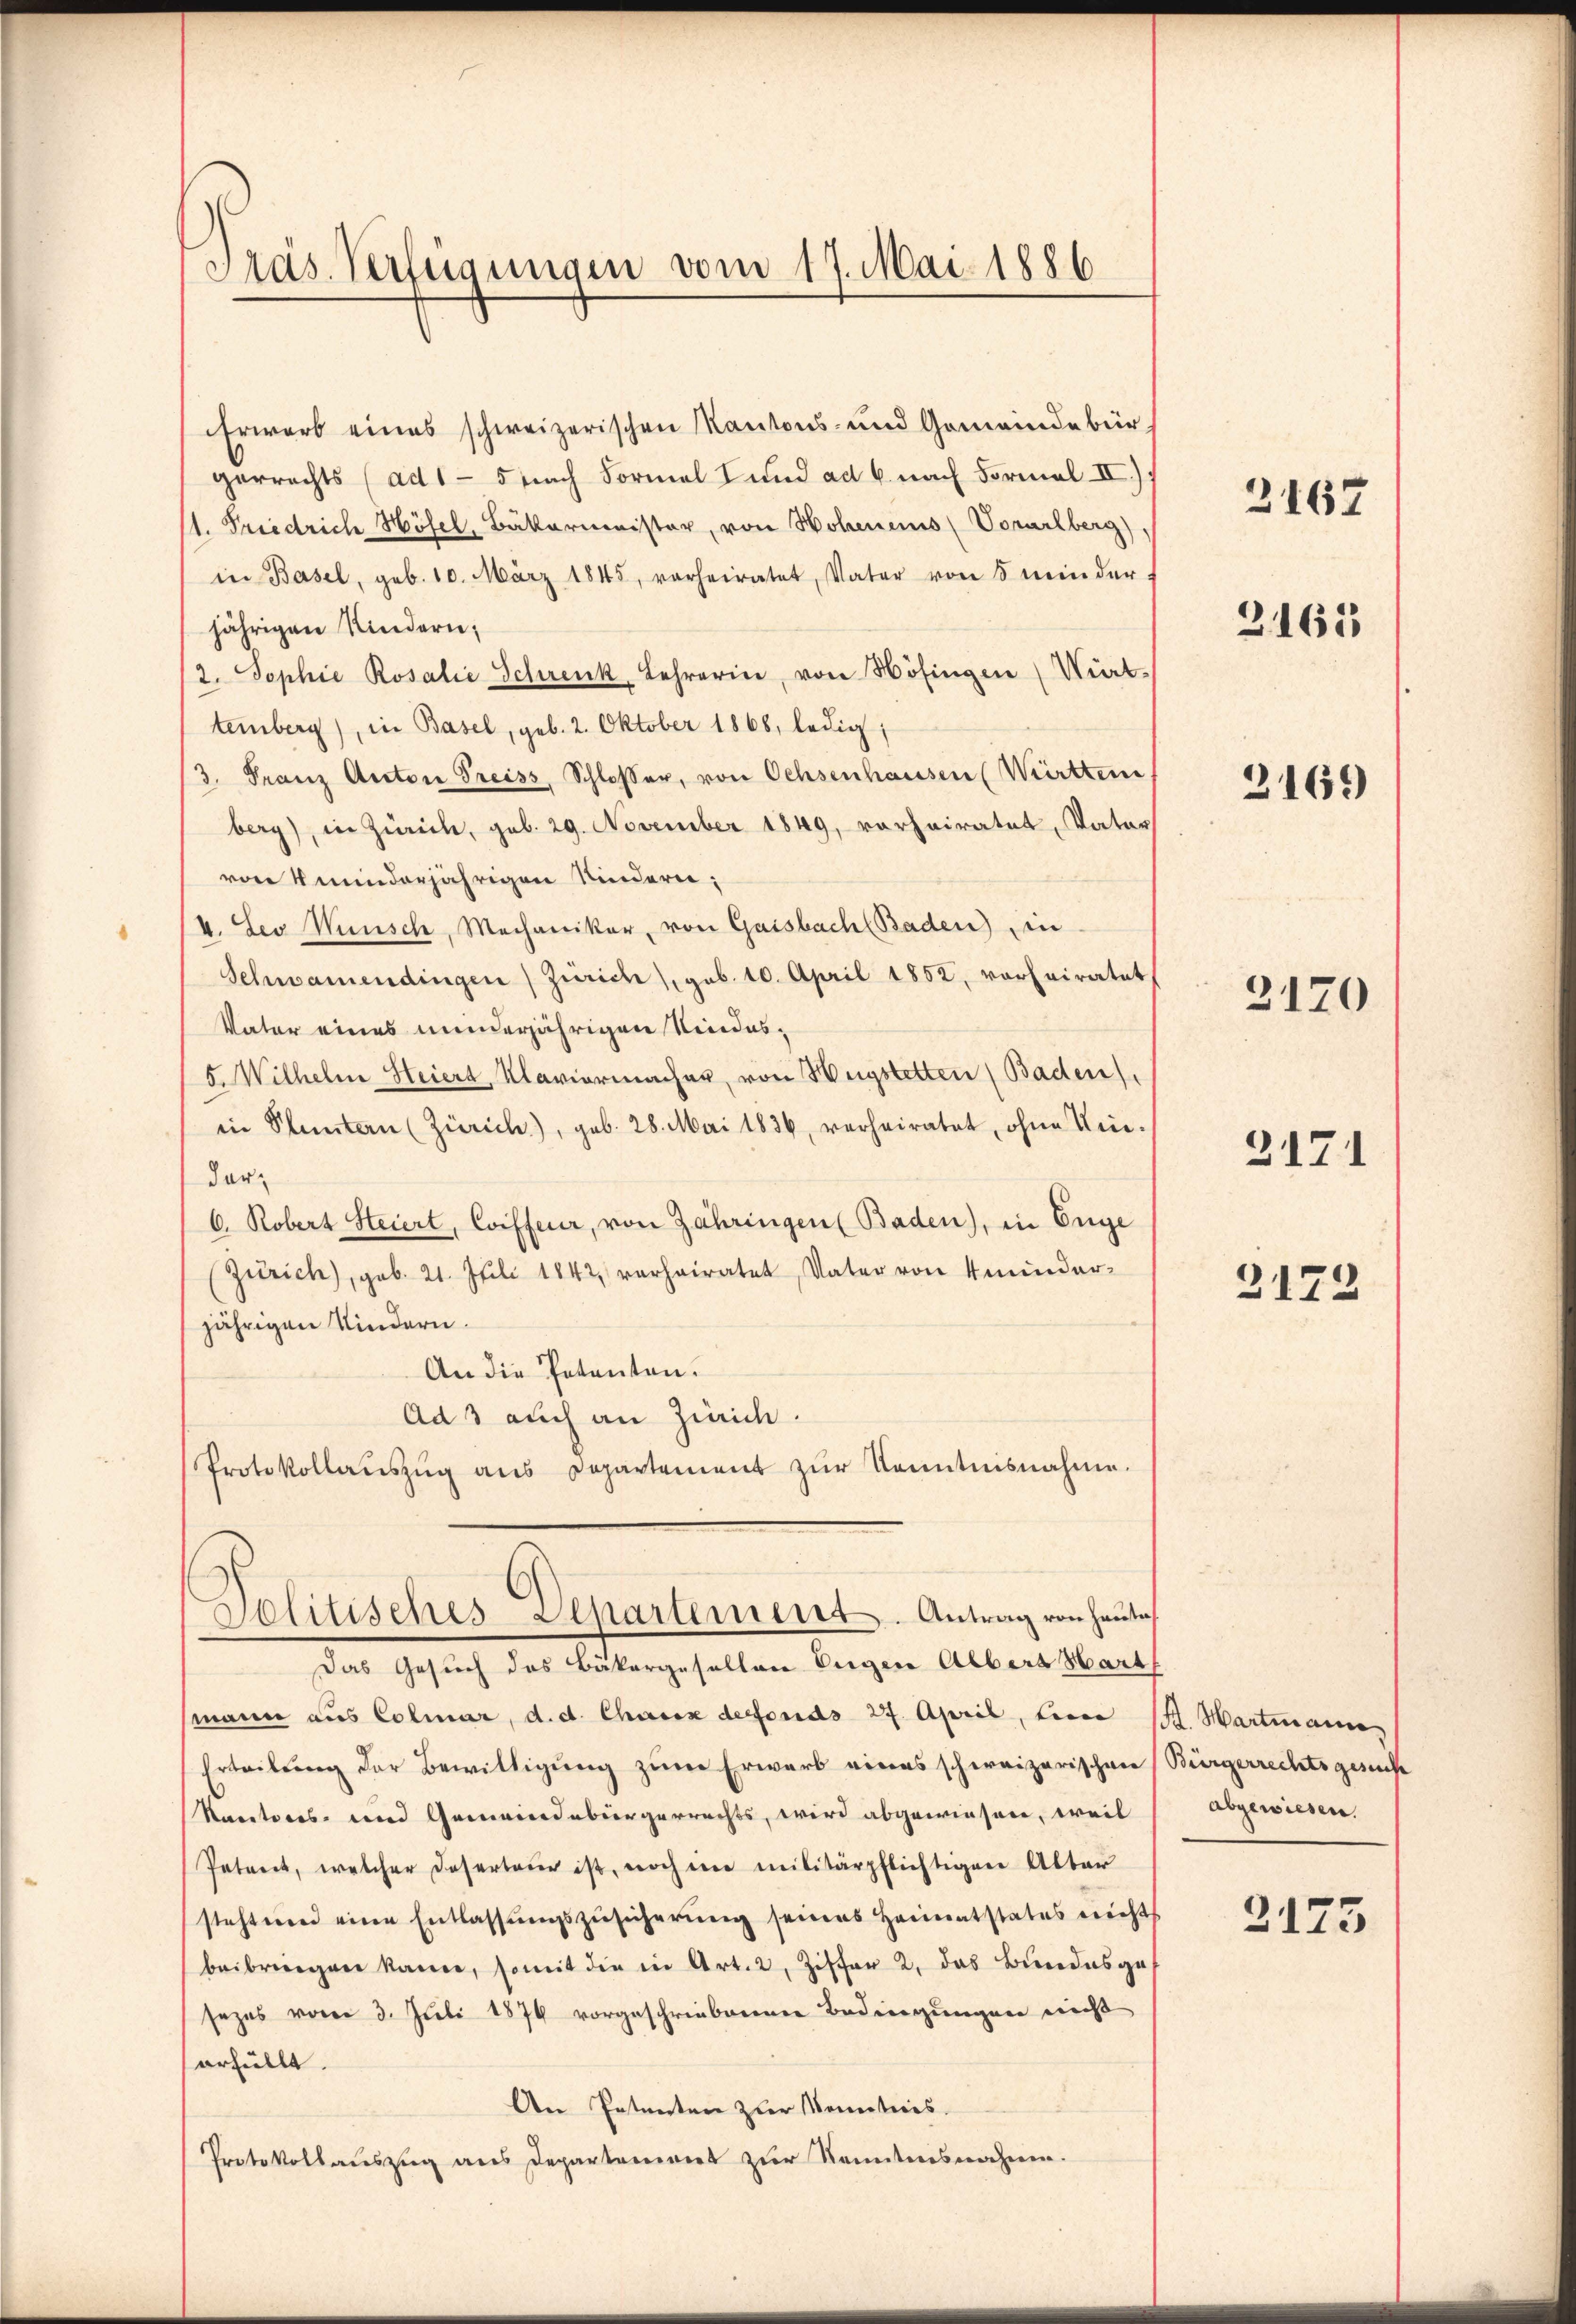
Präs. Verfügungen vom 17. Mai 1886.

Erwarb eines schweizerischen Kantons- und Gemeindebür-
gerrechts (ad 1 - 5 nach Formal und ad 6. nach Formal II.)
1. Friedrich Hösel, Baktarminister, von Hohenens (Vorarlberg),
in Basel, geb. 10. März 1845, vorheiratet, Vater von 5 minder
jährigen Kindern;
2. Sophie Rosalie Schrenk, Lehrerin, von Höfingen Würt
temberg), in Basel, geb. 2. Oktober 1868, ledig,
3. Franz Anton Preiss, Schloser, von Ochsenhausen (Württem
berg), in Zürich, geb. 29. November 1849, vorheiratet, Vater
von 4 minderjährigen Kindern;
4. Leo Wünsch, Mechaniker, von Gaisbach Baden) in
Schwamendingen) Zürich), geb. 10. April 1852, vorheiratet,
Vater eines minderjährigen Niedes¬
5. Wilhelm Heiert Klaviermacher, von Hugstetten (Baden),
in Planten (Zürich), geb. 28. Mai 1836, verheiratet, ohne Kin-
dar¬
6. Robert Steiert, Coiffeur, von Jahringen (Baden), in Enge
Zürich), geb. 21. Juli 1842 verheiratet, Vater von minder-
jährigen Kindern.
An die Petenten.
Ads auch an Zürich.
Protokollaŭszŭg ans Departement zŭr Kenntnisnahme.

Politisches Departement-Antrag von heuten

Das Gesuch des Bäkergesellen Eigen Albers Hart
mann aus Colmar, d. d. Chaux defonds 27. April, Lini
Erteilung der Bewilligung zum Erwarb eines schweizerischen
Karatores und Gemeindebürgerrechts, wird abgewiesen, weil
Petent, welcher Deserteur ist, noch im militärpflichtigen Alter
stehtnen eine Entlassŭngszŭsicherŭng seines Heimatstates nichts
beibringen kanne, somit die in Art. 2, Ziffer 2. das Bŭndesgesezes vom 3. Juli 1876 vorgeschriebenenen Bedingungen nicht
erhüllt.
An Petenten zur Nemeticis.
Protokollauszug aus Departement zur Kenntnisnahme.

2167

3165

2169

3120

2171

2172

S. Hartmann
Bürgerrechtsgesuch
abgewiesen.

2175